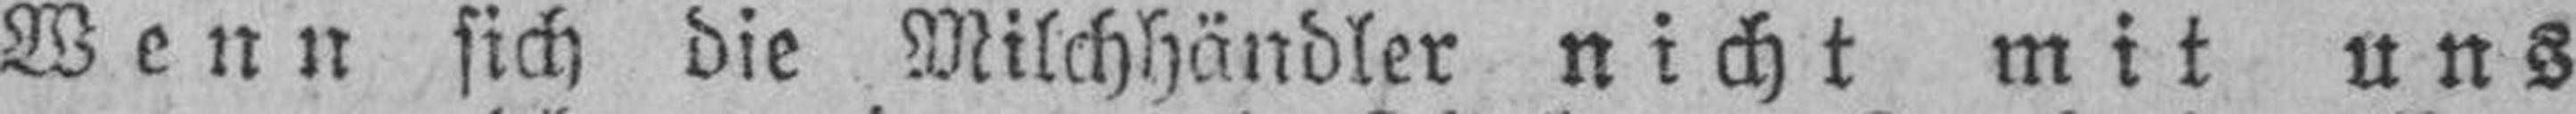
Wenn sich die Milchhändler nicht mit uns